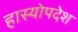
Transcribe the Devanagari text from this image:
हास्योपदेश